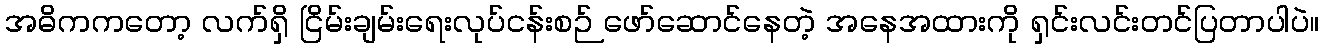
အဓိကကတော့ လက်ရှိ ငြိမ်းချမ်းရေးလုပ်ငန်းစဉ် ဖော်ဆောင်နေတဲ့ အနေအထားကို ရှင်းလင်းတင်ပြတာပါပဲ။